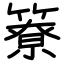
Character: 簝